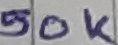
Text: 50K